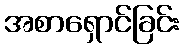
အစာရှောင်ခြင်း